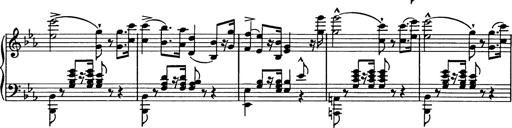
Title: Festmarsch zur SÃ¤cularfeier von Goethes Geburtstag
Composer: Franz Liszt